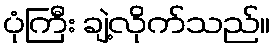
ပုံကြီး ချဲ့လိုက်သည်။